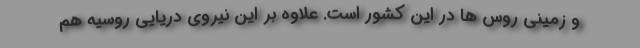
و زمینی روس ها در این کشور است. علاوه بر این نیروی دریایی روسیه هم